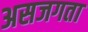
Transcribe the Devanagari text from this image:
असजगता